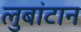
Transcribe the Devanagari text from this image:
लुबांटान